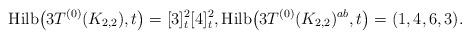
LaTeX: \begin{gather*}{\rm Hilb}\big(3T^{(0)}(K_{2,2}),t\big)=[3]_{t}^{2} [4]_{t}^{2},{\rm Hilb}\big(3T^{(0)}(K_{2,2})^{ab},t\big)=(1,4,6,3).\end{gather*}